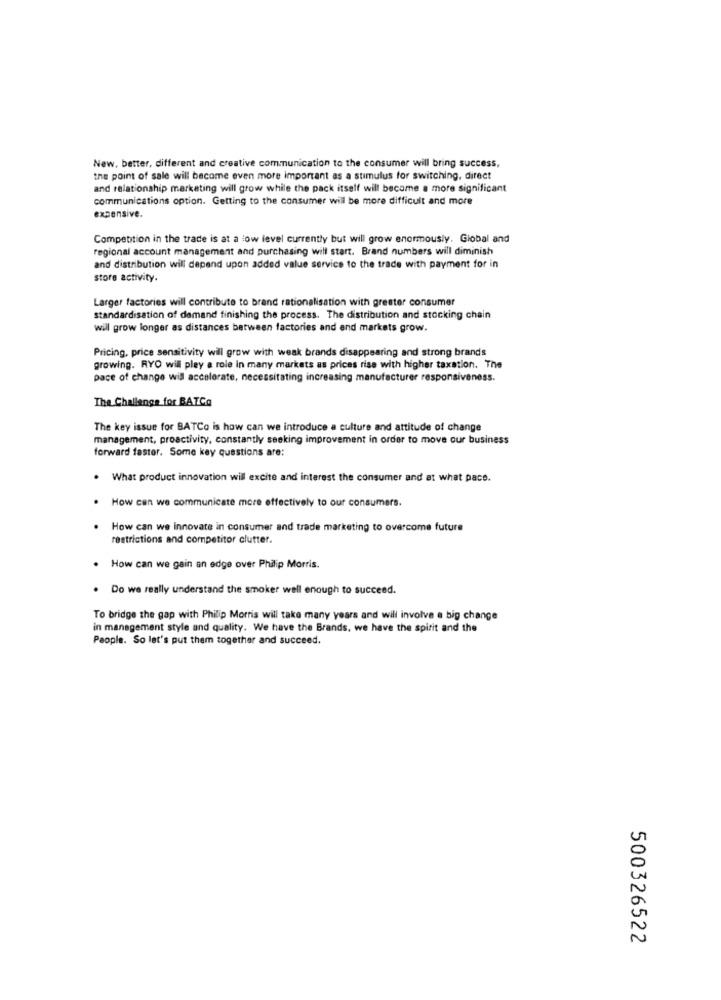
New, better, different and creative communication to the consumer will bring success,
the point of sale will become even more important as a stimulus for switching, direct
and relationship marketing will grow while the pack itself will become a more significant
communications option. Getting to the consumer will be more difficult and more
expensive.
Competition in the trade is at a low level currently but will grow enormously. Global and
regional account management and purchasing will start. Brand numbers will diminish
and distribution will depend upon added value service to the trade with payment for in
store activity.
Larger factories will contribute to brand rationalisation with greater consumer
standardisation of demand finishing the process. The distribution and stocking chain
will grow longer as distances between factories and and markets grow.
Pricing, price sensitivity will grow with weak brands disappearing and strong brands
growing. RYO will pley a role in many markets as prices rise with higher taxation. The
pace of change will accelerate, necessitating increasing manufacturer responsiveness.
The Challange for BATCa
The key issue for BATCo is how can we introduce a culture and attitude of change
management, proactivity, constantly seeking improvement in order to move our business
forward faster. Some key questions are:
. What product innovation will excite and interest the consumer and at what pace.
. How can we communicate more effectively to our consumers.
.
How can we Innovate in consumer and trade marketing to overcome future
restrictions and competitor clutter.
. How can we gain an edge over Philip Morris.
. Do we really understand the smoker well enough to succeed.
To bridge the gap with Philip Morris will take many years and will involve a big change
in management style and quality. We have the Brands, we have the spirit and the
People. So let's put them together and succeed.
500326522